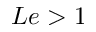
L e > 1